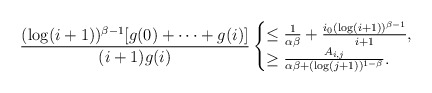
\begin{align*} \frac{(\log(i+1))^{\beta-1}[g(0)+\cdots+g(i)]}{(i+1)g(i)}\begin{cases} \le\frac{1}{\alpha\beta}+\frac{i_0(\log(i+1))^{\beta-1}}{i+1},\\ \ge\frac{A_{i,j}}{\alpha\beta+(\log(j+1))^{1-\beta}}.\end{cases}\end{align*}